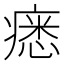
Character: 𤸽